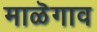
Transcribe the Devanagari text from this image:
माळॆगाव